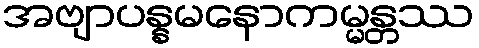
အဗျာပန္နမနောကမ္မန္တဿ